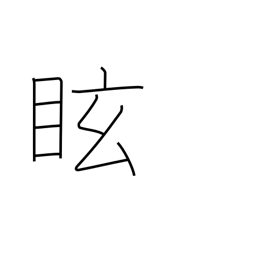
Meaning: dizzy